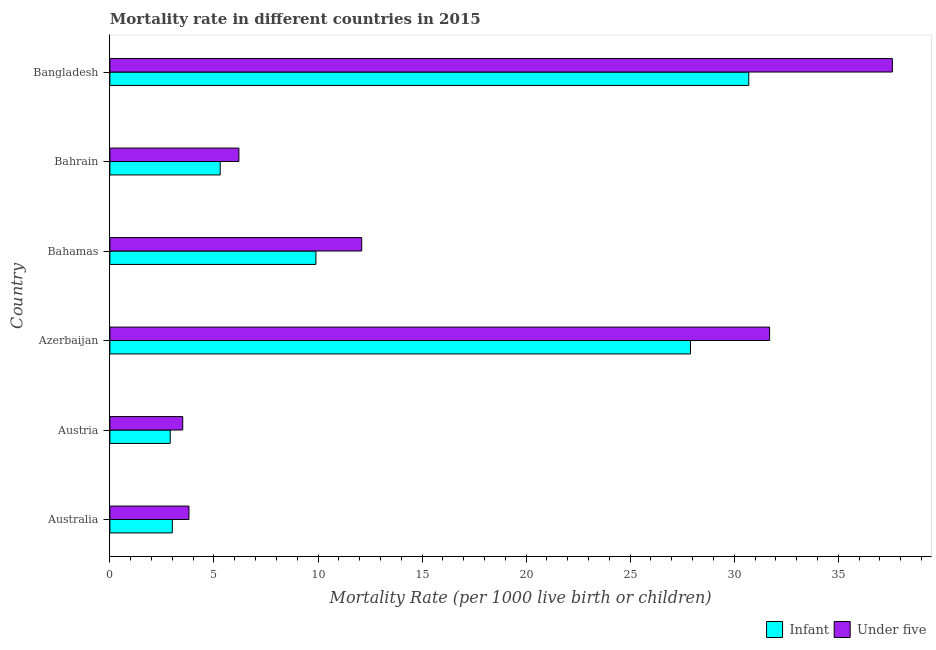
| Country | Infant | Under five |
 | --- | --- | --- |
 | Australia | 3 | 3.8 |
 | Austria | 2.9 | 3.5 |
 | Azerbaijan | 27.9 | 31.7 |
 | Bahamas | 9.9 | 12.1 |
 | Bahrain | 5.3 | 6.2 |
 | Bangladesh | 30.7 | 37.6 |